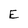
Character: E